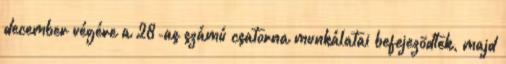
december végére a 28-as számú csatorna munkálatai befejezõdtek, majd